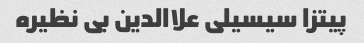
پیتزا سیسیلی علاالدین بی نظیره